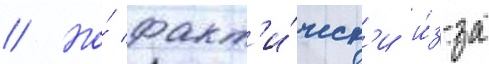
// Но́ факт'и́ческ'и и́з-за